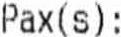
PAX(S):